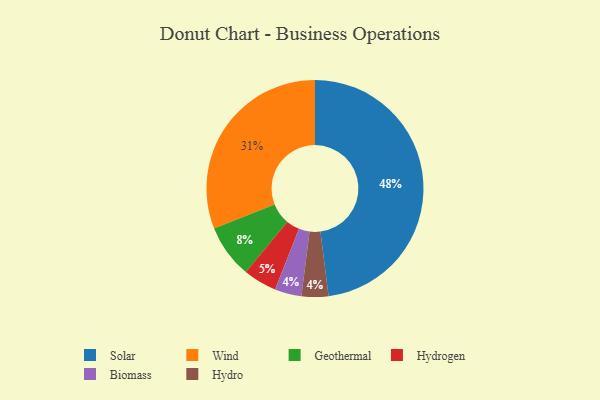
{"axis": {"x": "Category", "y": "Percentage"}, "legend": ["Biomass", "Geothermal", "Hydro", "Hydrogen", "Solar", "Wind"], "data": [{"x": "Hydrogen", "y": 5, "type": "Hydrogen"}, {"x": "Biomass", "y": 4, "type": "Biomass"}, {"x": "Wind", "y": 31, "type": "Wind"}, {"x": "Hydro", "y": 4, "type": "Hydro"}, {"x": "Solar", "y": 48, "type": "Solar"}, {"x": "Geothermal", "y": 8, "type": "Geothermal"}]}